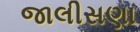
જાલીસણા